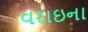
વરાઇના